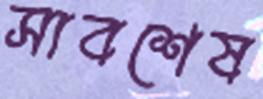
সাবশেষ